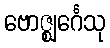
ဗောဇ္ဈင်္ဂေသု